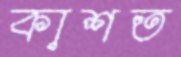
কাশত